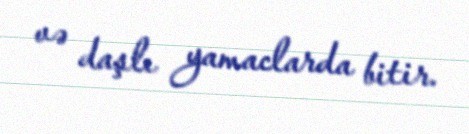
və daşlı yamaclarda bitir.